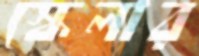
স্কেলার